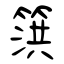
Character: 篊